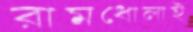
রামধোলাই